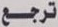
ترجع